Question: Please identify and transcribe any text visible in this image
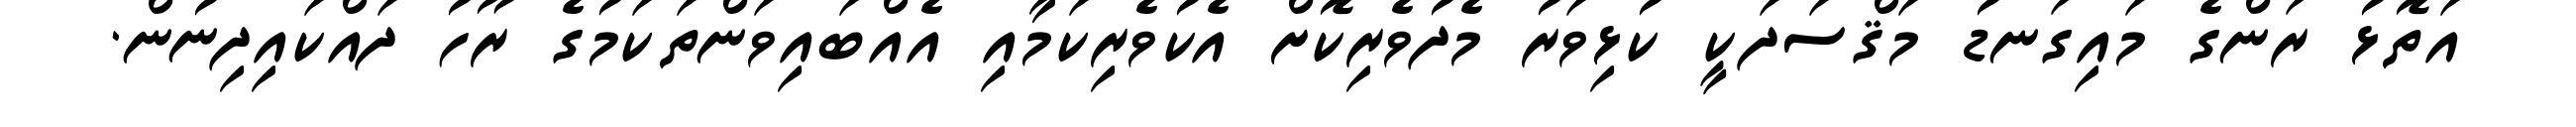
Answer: އަތޮޅު ރަންގެ މައިގަނޑު މަޤްސަދަކީ ކުޅިވަރު މެދުވެރިކޮށް އެކުވެރިކަމާއި އެއްބައިވަންތަކަމުގެ ރޫހު ދައްކައިދިނުން.